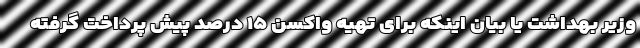
وزیر بهداشت یا بیان اینکه برای تهیه واکسن ۱۵ درصد پیش پرداخت گرفته